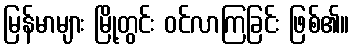
မြန်မာများ မြို့တွင်း ဝင်လာကြခြင်း ဖြစ်၏။